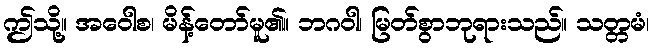
ဤသို့။ အဝေါစ၊ မိန့်တော်မူ၏။ ဘဂဝါ၊ မြတ်စွာဘုရားသည်။ သတ္တမံ၊